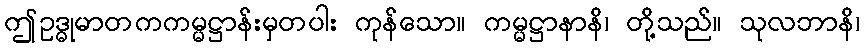
ဤဥဒ္ဓုမာတကကမ္မဋ္ဌာန်းမှတပါး ကုန်သော။ ကမ္မဋ္ဌာနာနိ၊ တို့သည်။ သုလဘာနိ၊